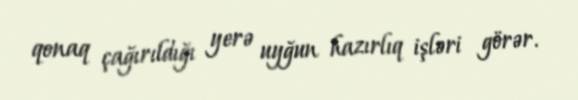
qonaq çağırıldığı yerə uyğun hazırlıq işləri görər.